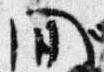
間